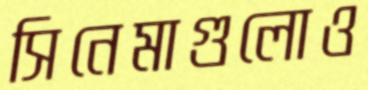
সিনেমাগুলোও